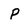
Character: P